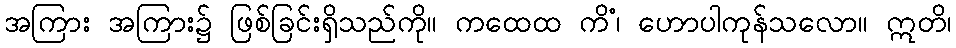
အကြား အကြား၌ ဖြစ်ခြင်းရှိသည်ကို။ ကထေထ ကိံ၊ ဟောပါကုန်သလော။ ဣတိ၊